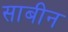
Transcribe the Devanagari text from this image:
साबीन